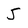
Character: 5